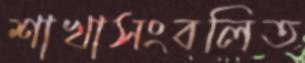
শাখাসংবলিত